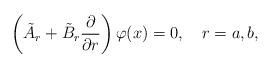
LaTeX: \begin{align*}\left( \tilde{A}_{r}+\tilde{B}_{r}\frac{\partial }{\partial r}\right)\varphi (x)=0,\quad r=a,b, \end{align*}